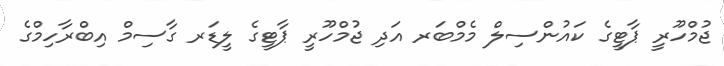
ޖުމްހޫރީ ޕާޓީގެ ކައުންސިލް މެމްބަރ އަދި ޖުމްހޫރީ ޕާޓީގެ ލީޑަރ ގާސިމް އިބްރާހިމްގެ